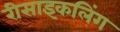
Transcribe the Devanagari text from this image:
रीसाइकलिंग